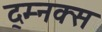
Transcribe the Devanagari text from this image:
द्म्नक्स